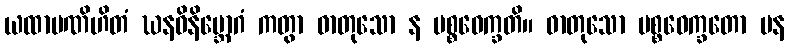
ယထာပဏိဟိတံ ဃနဝိနိဗ္ဘောဂံ ကတွာ ဓာတုသော န ပစ္စဝေက္ခတိ။ ဓာတုသော ပစ္စဝေက္ခတော ပန